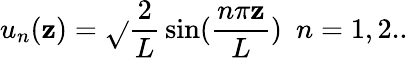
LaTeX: u_{n}(\mathbf{z})=\sqrt{}{{\frac{{2}}{{L}}}}\sin(\frac{{n\pi\mathbf{z}}}{{L}})\, \, \, n=1,2..